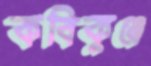
কবিকুঞ্জ